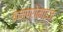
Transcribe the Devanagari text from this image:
कम्प्रोमाइज